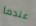
عندما